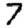
Digit: 7